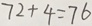
7 2 + 4 = 7 6